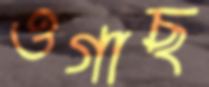
ওগাছ